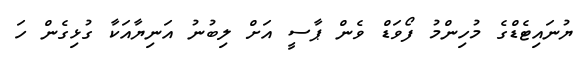
ޔުނައިޓެޑްގެ މުހިންމު ފޯވަޑް ވެން ޕާސީ އަށް ލިބުނު އަނިޔާއަކާ ގުޅިގެން ހަ